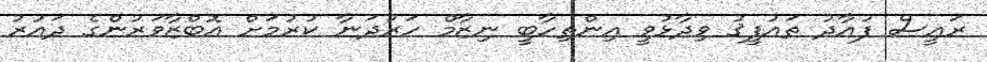
ރައީސް ފުއާދު ތައުފީޤު ވިދާޅުވީ އިންތިހާބީ ނިޒާމް ހަރުދަނާ ކުރުމަށް އޮބްޒާވަރުންގެ ދައުރު